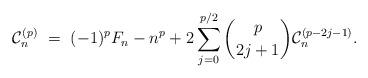
LaTeX: \begin{align*}\mathcal{C}_n^{(p)} \ = \ (-1)^pF_n - n^{p} + 2\sum_{j=0}^{p/2} \binom{p}{2j+1} \mathcal{C}_n^{(p-2j-1)}.\end{align*}